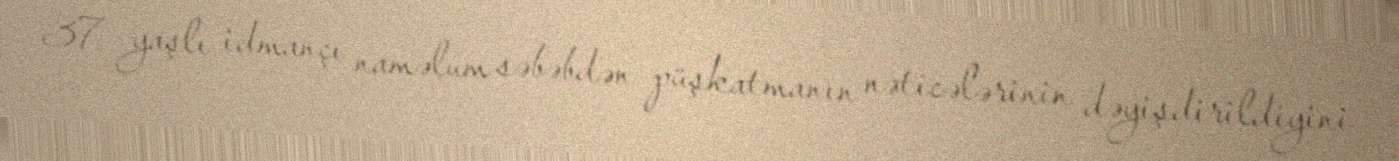
37 yaşlı idmançı naməlum səbəbdən püşkatmanın nəticələrinin dəyişdirildiyini